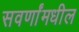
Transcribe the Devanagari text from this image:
सवर्णांमधील